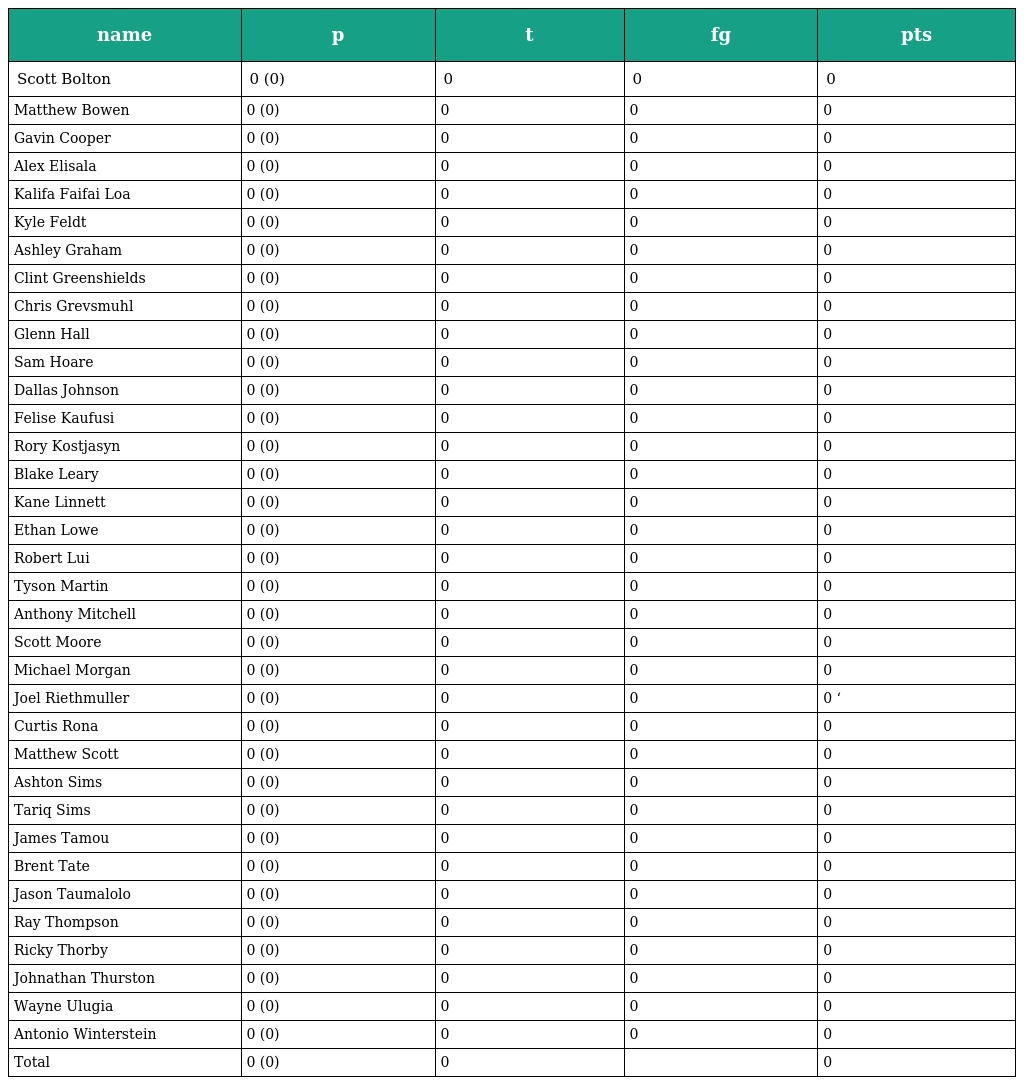
| name | p | t | fg | pts |
 | --- | --- | --- | --- | --- |
 | Scott Bolton | 0 (0) | 0 | 0 | 0 |
 | Matthew Bowen | 0 (0) | 0 | 0 | 0 |
 | Gavin Cooper | 0 (0) | 0 | 0 | 0 |
 | Alex Elisala | 0 (0) | 0 | 0 | 0 |
 | Kalifa Faifai Loa | 0 (0) | 0 | 0 | 0 |
 | Kyle Feldt | 0 (0) | 0 | 0 | 0 |
 | Ashley Graham | 0 (0) | 0 | 0 | 0 |
 | Clint Greenshields | 0 (0) | 0 | 0 | 0 |
 | Chris Grevsmuhl | 0 (0) | 0 | 0 | 0 |
 | Glenn Hall | 0 (0) | 0 | 0 | 0 |
 | Sam Hoare | 0 (0) | 0 | 0 | 0 |
 | Dallas Johnson | 0 (0) | 0 | 0 | 0 |
 | Felise Kaufusi | 0 (0) | 0 | 0 | 0 |
 | Rory Kostjasyn | 0 (0) | 0 | 0 | 0 |
 | Blake Leary | 0 (0) | 0 | 0 | 0 |
 | Kane Linnett | 0 (0) | 0 | 0 | 0 |
 | Ethan Lowe | 0 (0) | 0 | 0 | 0 |
 | Robert Lui | 0 (0) | 0 | 0 | 0 |
 | Tyson Martin | 0 (0) | 0 | 0 | 0 |
 | Anthony Mitchell | 0 (0) | 0 | 0 | 0 |
 | Scott Moore | 0 (0) | 0 | 0 | 0 |
 | Michael Morgan | 0 (0) | 0 | 0 | 0 |
 | Joel Riethmuller | 0 (0) | 0 | 0 | 0 ‘ |
 | Curtis Rona | 0 (0) | 0 | 0 | 0 |
 | Matthew Scott | 0 (0) | 0 | 0 | 0 |
 | Ashton Sims | 0 (0) | 0 | 0 | 0 |
 | Tariq Sims | 0 (0) | 0 | 0 | 0 |
 | James Tamou | 0 (0) | 0 | 0 | 0 |
 | Brent Tate | 0 (0) | 0 | 0 | 0 |
 | Jason Taumalolo | 0 (0) | 0 | 0 | 0 |
 | Ray Thompson | 0 (0) | 0 | 0 | 0 |
 | Ricky Thorby | 0 (0) | 0 | 0 | 0 |
 | Johnathan Thurston | 0 (0) | 0 | 0 | 0 |
 | Wayne Ulugia | 0 (0) | 0 | 0 | 0 |
 | Antonio Winterstein | 0 (0) | 0 | 0 | 0 |
 | Total | 0 (0) | 0 |  | 0 |